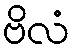
ဗိလံ